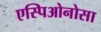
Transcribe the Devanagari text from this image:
एस्पिओनोसा